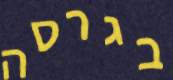
בגרסה